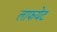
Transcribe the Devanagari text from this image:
लाफयेट